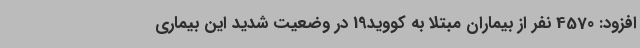
افزود: 4570 نفر از بیماران مبتلا به کووید19 در وضعیت شدید این بیماری